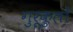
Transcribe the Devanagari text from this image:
गुरूकुलों